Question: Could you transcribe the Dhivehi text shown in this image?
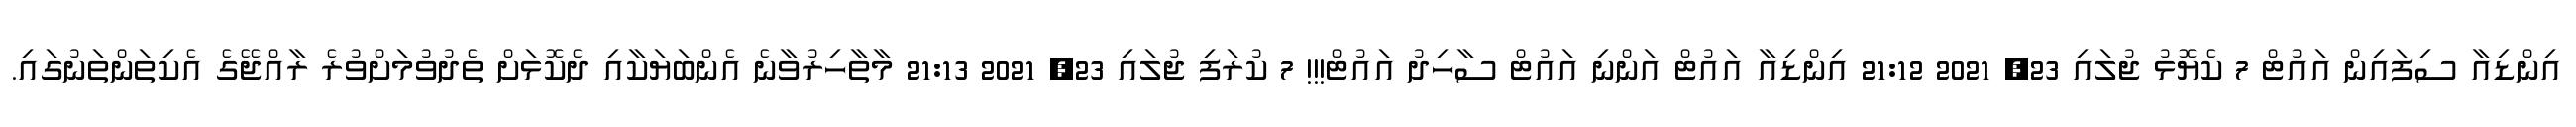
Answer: އިންޑިއާ ސިފައިން އައުޓް 7 ކެޔޮޅު ޖުލައި 23, 2021 21:12 އިންޑިއާ އައުޓް އަންނި އައުޓް ސާހިދު އައުޓް!!! 7 ކުރަފި ޖުލައި 23, 2021 21:13 މާތާހިރުވާނެ އެންބަޔަކާއި ދެކޮޅަށް ތެދުވުމަށްވުރެ ރާއްޖޭގެ އެކިތަންތަނުގައި.